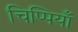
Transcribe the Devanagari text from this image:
चिप्पियाँ